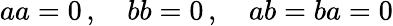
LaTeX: \textstyle aa=0\, ,\quad bb=0\, ,\quad ab=ba=0